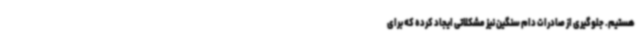
هستیم. جلوگیری از صادرات دام سنگین نیز مشکلاتی ایجاد کرده که برای